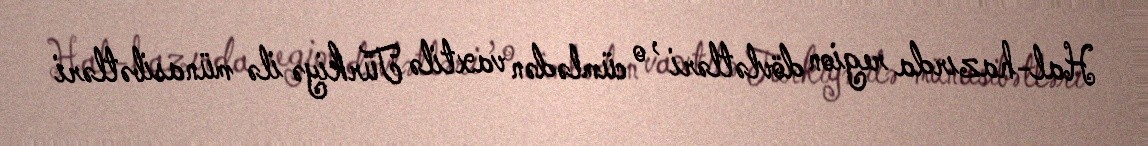
Hal-hazırda region dövlətləri , o cümlədən vaxtilə Türkiyə ilə münasibətləri